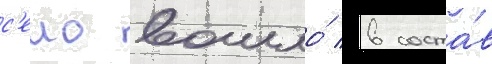
с'ело вошло́ в соста́в